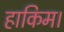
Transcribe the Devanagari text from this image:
हाकिम।